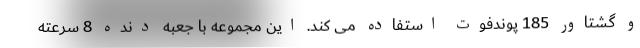
و گشتاور 185 پوندفوت استفاده می کند. این مجموعه با جعبه دنده 8 سرعته